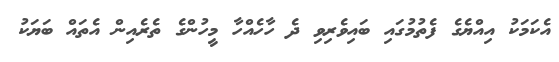
އެކަމަކު އިއްޔެގެ ފެތުމުގައި ބައިވެރިވި ދެ ހާހެއްހާ މީހުންގެ ތެރެއިން އެތައް ބަޔަކު